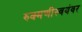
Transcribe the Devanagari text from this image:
रुक्मणीस्वयंवर